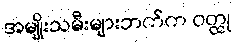
အမျိုးသမီးများဘက်က ဝတ္ထု